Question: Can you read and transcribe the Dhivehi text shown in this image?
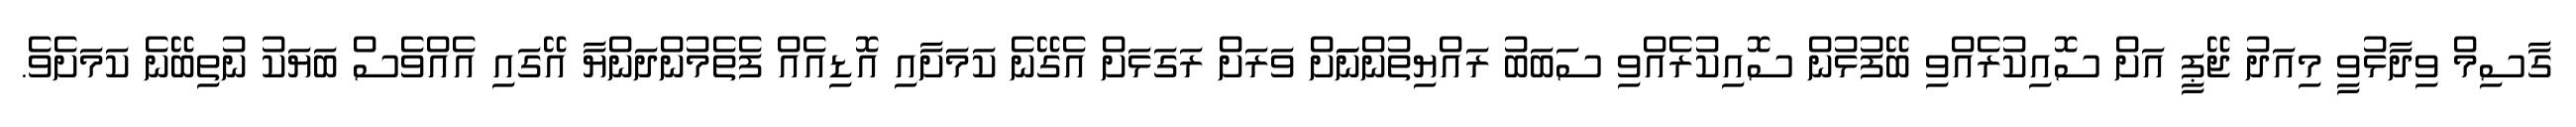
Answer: ގާސިމް ވިދާޅުވީ މިއަދު ޖޭޕީ އަށް ސޮއިކުރެއްވި ބޭފުޅުން ސޮއިކުރެއްވި ސަބަބު ރައްޔިތުންނަަށް ވަރަށް ރަގަޅަށް އެގޭނެ ކަމަށާއި އޮޑިއެއް ފެތެމުންދަންޔާ އޭގައި އެއްވެސް ބަޔަކު ނުތިބޭނެ ކަމަށެވެ.